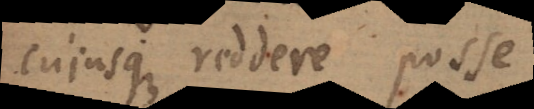
cujusque reddere posse,